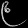
Digit: ၉